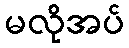
မလိုအပ်